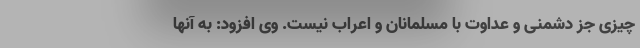
چیزی جز دشمنی و عداوت با مسلمانان و اعراب نیست. وی افزود: به آنها